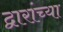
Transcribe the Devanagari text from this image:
द्वारांच्या